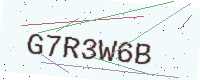
Text: G7R3W6B